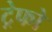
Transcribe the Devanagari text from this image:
ट्रेफो